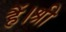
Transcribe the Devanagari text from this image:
हैं।श्री